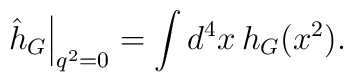
\left. \hat h_G\right|_{q^2 = 0} = \int d^4x\,h_G(x^2).